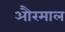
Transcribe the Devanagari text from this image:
औरमाल